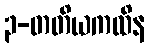
၃-တတိယကထိန